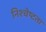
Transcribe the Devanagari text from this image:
निश्चेष्टता